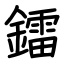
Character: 鐳